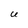
Character: U